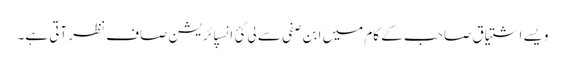
ویسے اشتیاق صاحب کے کام میں ابن صفی سے لی گئ انسپائریشن صاف نظر آتی ہے۔